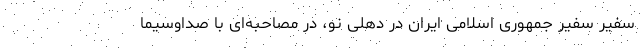
سفیر سفیر جمهوری اسلامی ایران در دهلی نو، در مصاحبه‌ای با صداوسیما